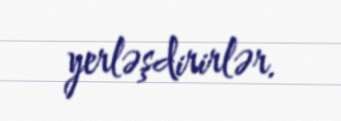
yerləşdirirlər.